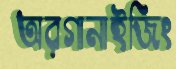
অরগানাইজিং